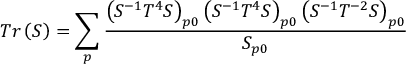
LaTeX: T r \left( S \right) = \sum _ { p } \frac { \left( S ^ { - 1 } T ^ { 4 } S \right) _ { p 0 } \left( S ^ { - 1 } T ^ { 4 } S \right) _ { p 0 } \left( S ^ { - 1 } T ^ { - 2 } S \right) _ { p 0 } } { S _ { p 0 } }